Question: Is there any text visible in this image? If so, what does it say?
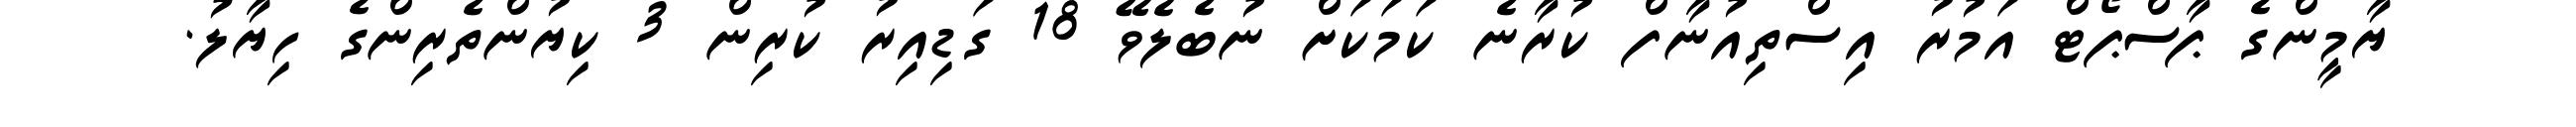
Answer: ޔާމީންގެ ޕާސްޕޯޓް އަމުރު އިސްތިއުނާފް ކުރާނެ ކަމަކަށް ނުބެލެވޭ 18 ގަޑިއިރު ކުރިން 3 ކިޔުންތެރިންގެ ހިޔާލު.